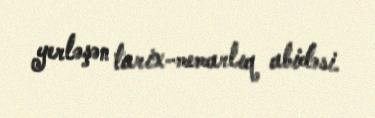
yerləşən tarix-memarlıq abidəsi.